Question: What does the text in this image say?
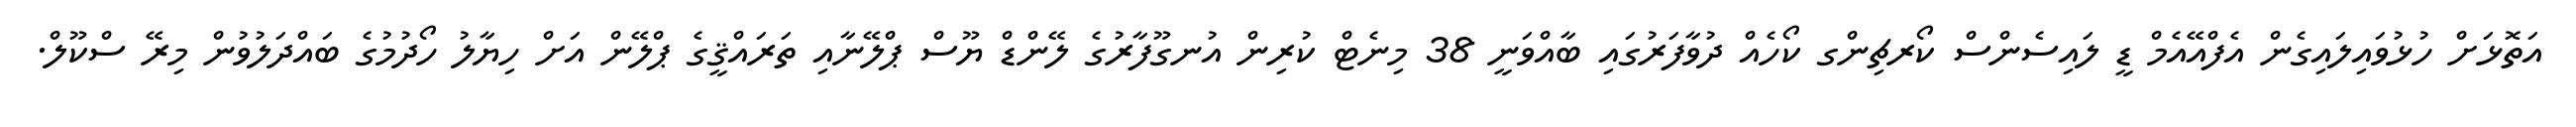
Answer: އަތޮޅަށް ހުޅުވައިލައިގެން އެފްއޭއެމް ޑީ ލައިސެންސް ކޯރޗިންގ ކޯހެއް ދުވާފަރުގައި ބާއްވަނީ 38 މިނެޓް ކުރިން އުނގޫފާރުގެ ލޭންޑް ޔޫސް ޕްލޭނާއި ތަރައްޤީގެ ޕްލޭން އަށް ހިޔާލު ހޯދުމުގެ ބައްދަލުވުން މިރޭ ސްކޫލް.